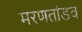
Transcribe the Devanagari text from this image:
मरणतांडव